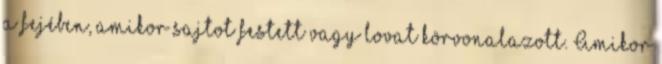
a fejében, amikor sajtot festett vagy lovat körvonalazott. Amikor